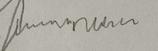
Signature authenticity: forged